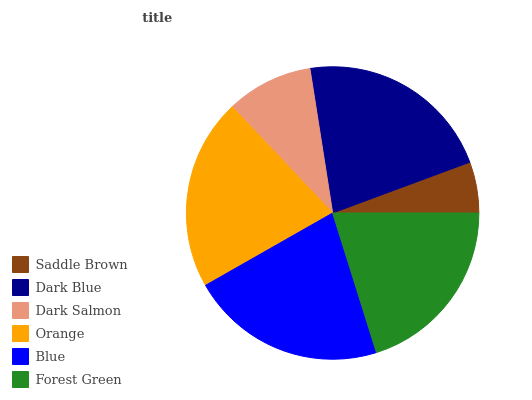
| Saddle Brown | Dark Blue | Dark Salmon | Orange | Blue | Forest Green |
 | --- | --- | --- | --- | --- | --- |
 | 5.65% | 21.8% | 9.58% | 21.2% | 21.6% | 20.2% |